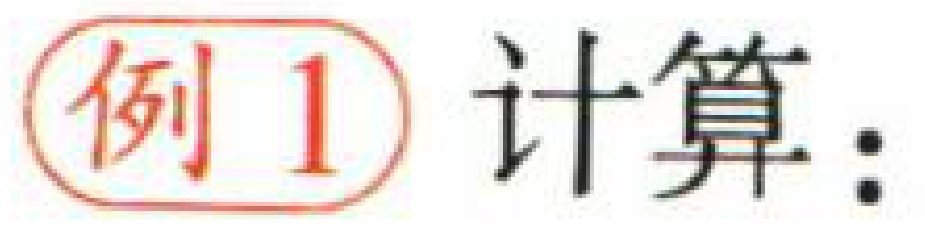
例1 计算：